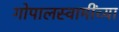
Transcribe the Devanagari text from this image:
गोपालस्वामींच्या